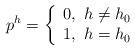
LaTeX: \begin{align*} p^h=\left\lbrace\begin{array}{cc} 0,~h\neq h_0\\ 1,~h=h_0 \end{array}\right.\end{align*}